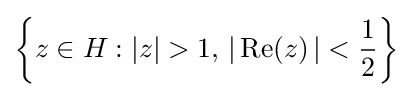
\left\{z\in H:\left|z\right|>1,\,\left|\,{\mbox{Re}}(z)\,\right|<{\frac {1}{2}}\right\}